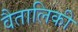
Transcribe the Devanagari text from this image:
वैतालिकी